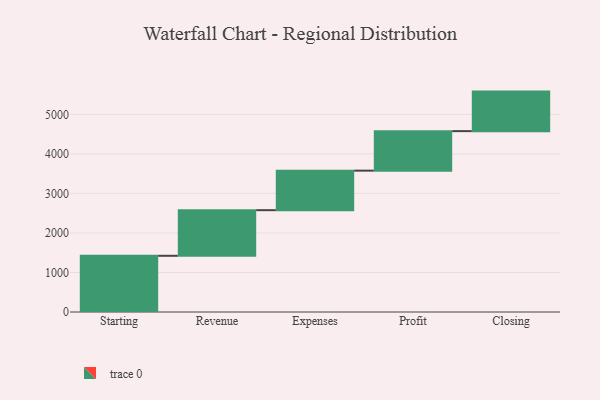
{"axis": {"x": "Step", "y": "Value"}, "legend": [""], "data": [{"x": "Starting", "y": 1422.0, "type": ""}, {"x": "Revenue", "y": 1154.0, "type": ""}, {"x": "Expenses", "y": 1000, "type": ""}, {"x": "Profit", "y": 1000, "type": ""}, {"x": "Closing", "y": 1000, "type": ""}]}